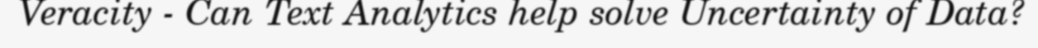
Veracity - Can Text Analytics help solve Uncertainty of Data?